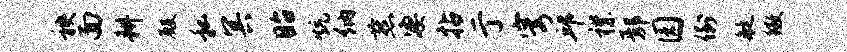
秧面耕殿私冥眙炕纳燕凄拈亍穹邱襟鄢园倒艇徽